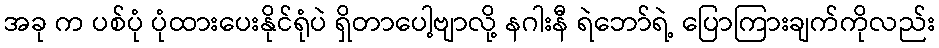
အခု က ပစ်ပုံ ပုံထားပေးနိုင်ရုံပဲ ရှိတာပေါ့ဗျာလို့ နဂါးနီ ရဲဘော်ရဲ့ ပြောကြားချက်ကိုလည်း